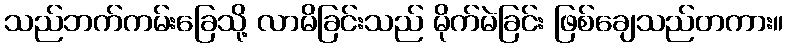
သည်ဘက်ကမ်းခြေသို့ လာမိခြင်းသည် မိုက်မဲခြင်း ဖြစ်ချေသည်တကား။